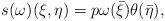
LaTeX: \begin{align*} s(\omega)(\xi,\eta) = p\omega(\bar{\xi})\theta(\bar{\eta}), \end{align*}